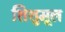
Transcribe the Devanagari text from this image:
शिशुमूल